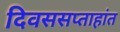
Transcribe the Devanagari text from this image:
दिवससप्ताहांत